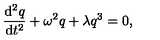
{ \frac { \mathrm { d } ^ { 2 } q } { \mathrm { d } t ^ { 2 } } } + \omega ^ { 2 } q + \lambda q ^ { 3 } = 0 ,